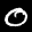
Label: 0